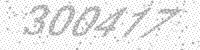
Solution: 300477